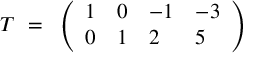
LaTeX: { \cal T } ~ = ~ \left( \begin{array} { l l l l } { { 1 } } & { { 0 } } & { { - 1 } } & { { - 3 } } \\ { { 0 } } & { { 1 } } & { { 2 } } & { { 5 } } \end{array} \right)